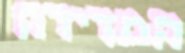
המדידה